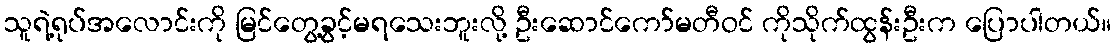
သူရဲ့ရုပ်အလောင်းကို မြင်တွေ့ခွင့်မရသေးဘူးလို့ ဦးဆောင်ကော်မတီဝင် ကိုသိုက်ထွန်းဦးက ပြောပါတယ်။